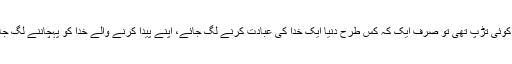
اگر کوئی تڑپ تھی تو صرف ایک کہ کس طرح دنیا ایک خدا کی عبادت کرنے لگ جائے، اپنے پیدا کرنے والے خدا کو پہچاننے لگ جائے۔